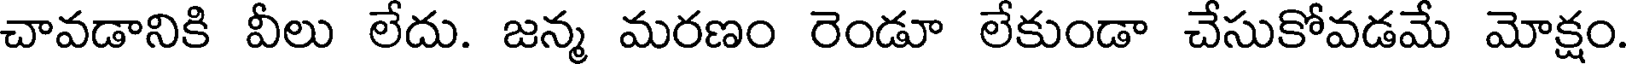
చావడానికి వీలు లేదు. జన్మ మరణం రెండూ లేకుండా చేసుకోవడమే మోక్షం